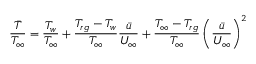
\frac { \bar { T } } { T _ { \infty } } = \frac { T _ { w } } { T _ { \infty } } + \frac { T _ { r g } - T _ { w } } { T _ { \infty } } \frac { \bar { u } } { U _ { \infty } } + \frac { T _ { \infty } - T _ { r g } } { T _ { \infty } } \left( \frac { \bar { u } } { U _ { \infty } } \right) ^ { 2 }